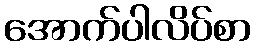
အောက်ပါလိပ်စာ